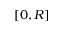
[ 0 , R ]